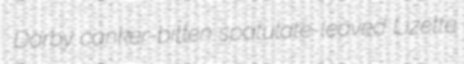
Darby canker-bitten spatulate-leaved Lizette